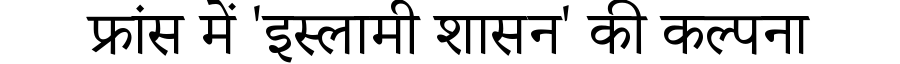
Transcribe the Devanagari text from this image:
फ्रांस में 'इस्लामी शासन' की कल्पना